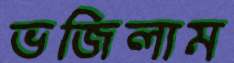
ভজিলাম